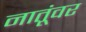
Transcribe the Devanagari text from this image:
नातूंवर